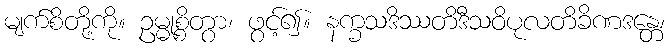
မျက်စိတို့ကို။ ဥမ္မုစ္စိတွာ၊ ဖွင့်၍။ နက္ခသဒိဿတိဒီသဝိပုလတိခိဏဒန္တေ၊